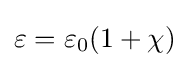
\varepsilon =\varepsilon _{0}(1+\chi )